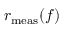
r _ { \mathrm { m e a s } } ( f )